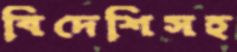
বিদেশিসহ